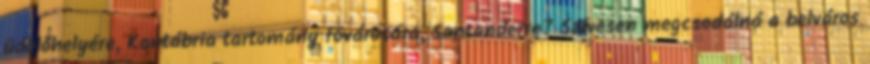
üdülőhelyére, Kantábria tartomány fővárosára, Santanderre? Szívesen megcsodálná a belváros